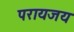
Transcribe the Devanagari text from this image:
परायजय